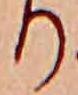
り